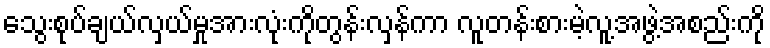
သွေးစုပ်ချယ်လှယ်မှုအားလုံးကိုတွန်းလှန်ကာ လူတန်းစားမဲ့လူ့အဖွဲ့အစည်းကို